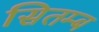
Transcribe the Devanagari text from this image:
सितम्ब